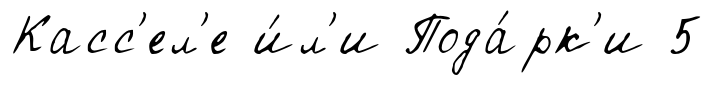
Касс'ел'е и́л'и Пода́рк'и 5